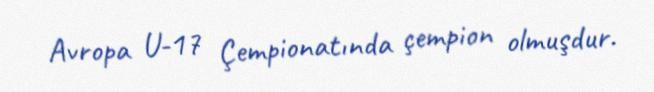
Avropa U-17 Çempionatında çempion olmuşdur.